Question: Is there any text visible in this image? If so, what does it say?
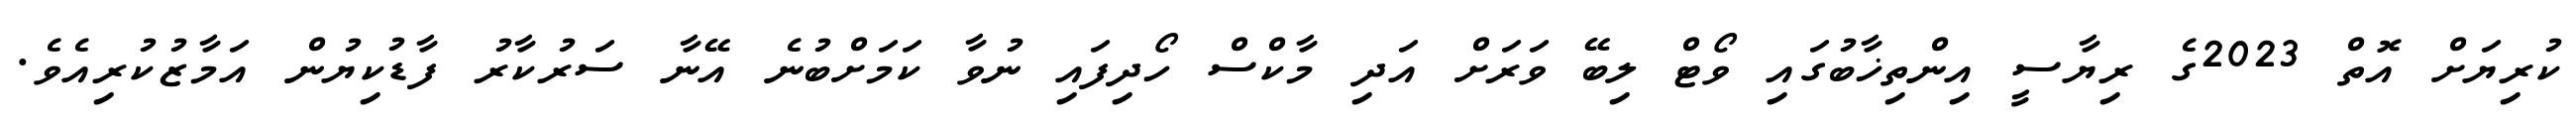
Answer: ކުރިޔަށް އޮތް 2023ގެ ރިޔާސީ އިންތިޚާބުގައި ވޯޓް ލިބޭ ވަރަށް އަދި މާކްސް ހޯދިފައި ނުވާ ކަމަށްބުނެ އޭނާ ސަރުކާރު ފާޑުކިޔުން އަމާޒުކުރިއެވެ.